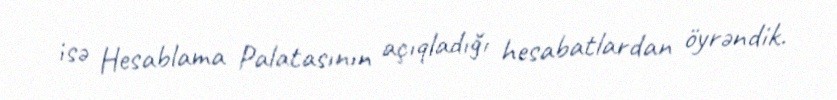
isə Hesablama Palatasının açıqladığı hesabatlardan öyrəndik.